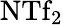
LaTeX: \textrm{NTf}_{2}